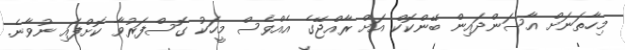
މިހާތަނަށް އާސަންދައިން ބޭންކޮކް އަށް ރާއްޖޭގެ އެއްވެސް މީހަކު ގޮސްފަރުވާ ކޮށްފައި ނުވާނެ.